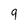
Character: 9